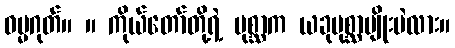
ဓမ္မဂုတ်။ ။ ကိုယ်တော်တို့ရဲ့ ပုစ္ဆာက ယခုပုစ္ဆာမျိုးပဲလား။